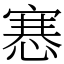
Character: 㥶